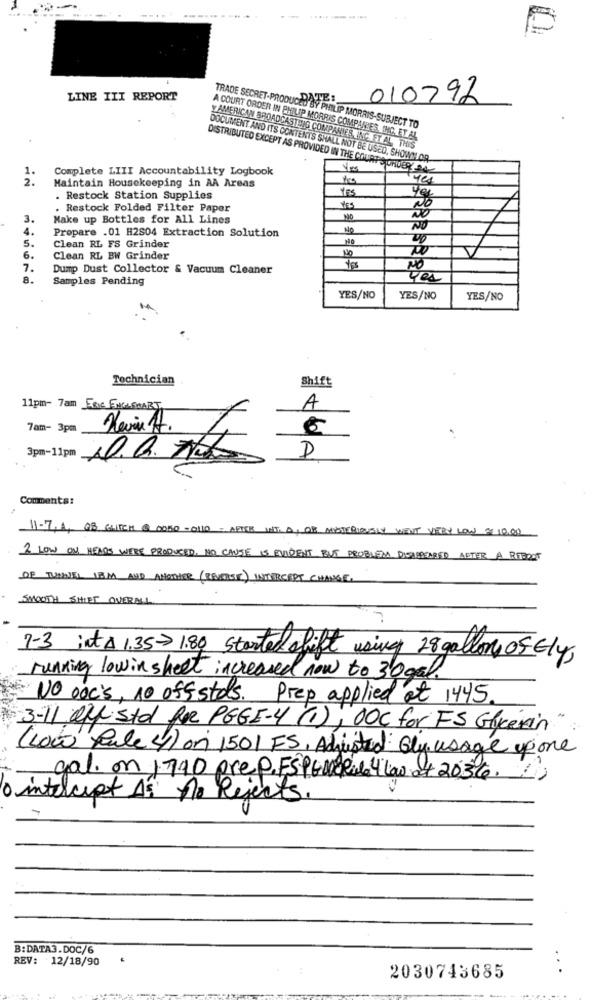
LINE III REPORT
DATE:
010792
TRADE SECRET-PRODUCED BY PHILIP MORRIS-SUBJECT TO
A COURT ORDER IN PHILIP MORRIS COMPANIES, INC. ET AL
Y AMERICAN BROADCASTING COMPANIES, INC. ET AL THIS
DOCUMENT AND ITS CONTENTS SHALL NOT BE USED, SHOWN OR
Complete LIII Accountability Logbook
DISTRIBUTED EXCEPT AS PROVIDED IN THE COURTS DRUER SA
Maintain Housekeeping in AA Areas
tres
YES
. Restock Station Supplies
. Restock Folded Filter Paper
YES
NO
3.
Make up Bottles for All Lines
NO
Prepare .01 H2S04 Extraction Solution
NO
Clean RL FS Grinder
6.
Clean RL BW Grinder
7.
Dump Dust Collector & Vacuum Cleaner
NO
8.
Samples Pending
Yes
YES/NO
YES/NO
YES/NO
Technician
Shift
11pm- 7am ERIC ENGLEMART
A
7am- 3pm
D
3pm-11pm
Comments:
11-7, 4 GB GLITCH @ 0050-0110 - AFTER INT. A, OR MYSTERIOUSLY WENT VERY LOW $ 1000
2 LOW ON HEADS WERE PRODUCED, NO CAUSE IS EVIDENT BUT PROBLEMA DISAPPEARED AFTER A RITBOOT
OF TURNIEL 13M AND ANOTHER (REVERSIT) INTERCEPT CHANGE.
SMOOTH SHIRT OVERALL
7-3 inta 1.35- 1.80 Started shift using 28 gallons OF Ely,
running lowin sheet increased now to 3'ogal.
No ooc's, 10 off stos. Prep applied at 1445
3-11 aff std AR PEGE-4 (1), DOC for FS Glycerin
( Low Rule 4) on 1501 FS, Adjusted Gly usage pone
gal. on 1790 pre p. FSPEWeRule 4 low at 2036.)
· intercept A" no Rejects.
B:DATA3.DOC/6
REV: 12/18/90
. .
2030743685